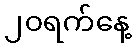
၂၀ရက်နေ့